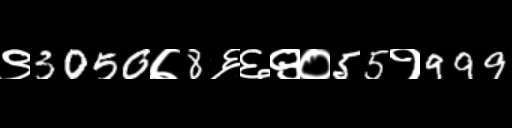
Text: ९3050७8६६९०55१999